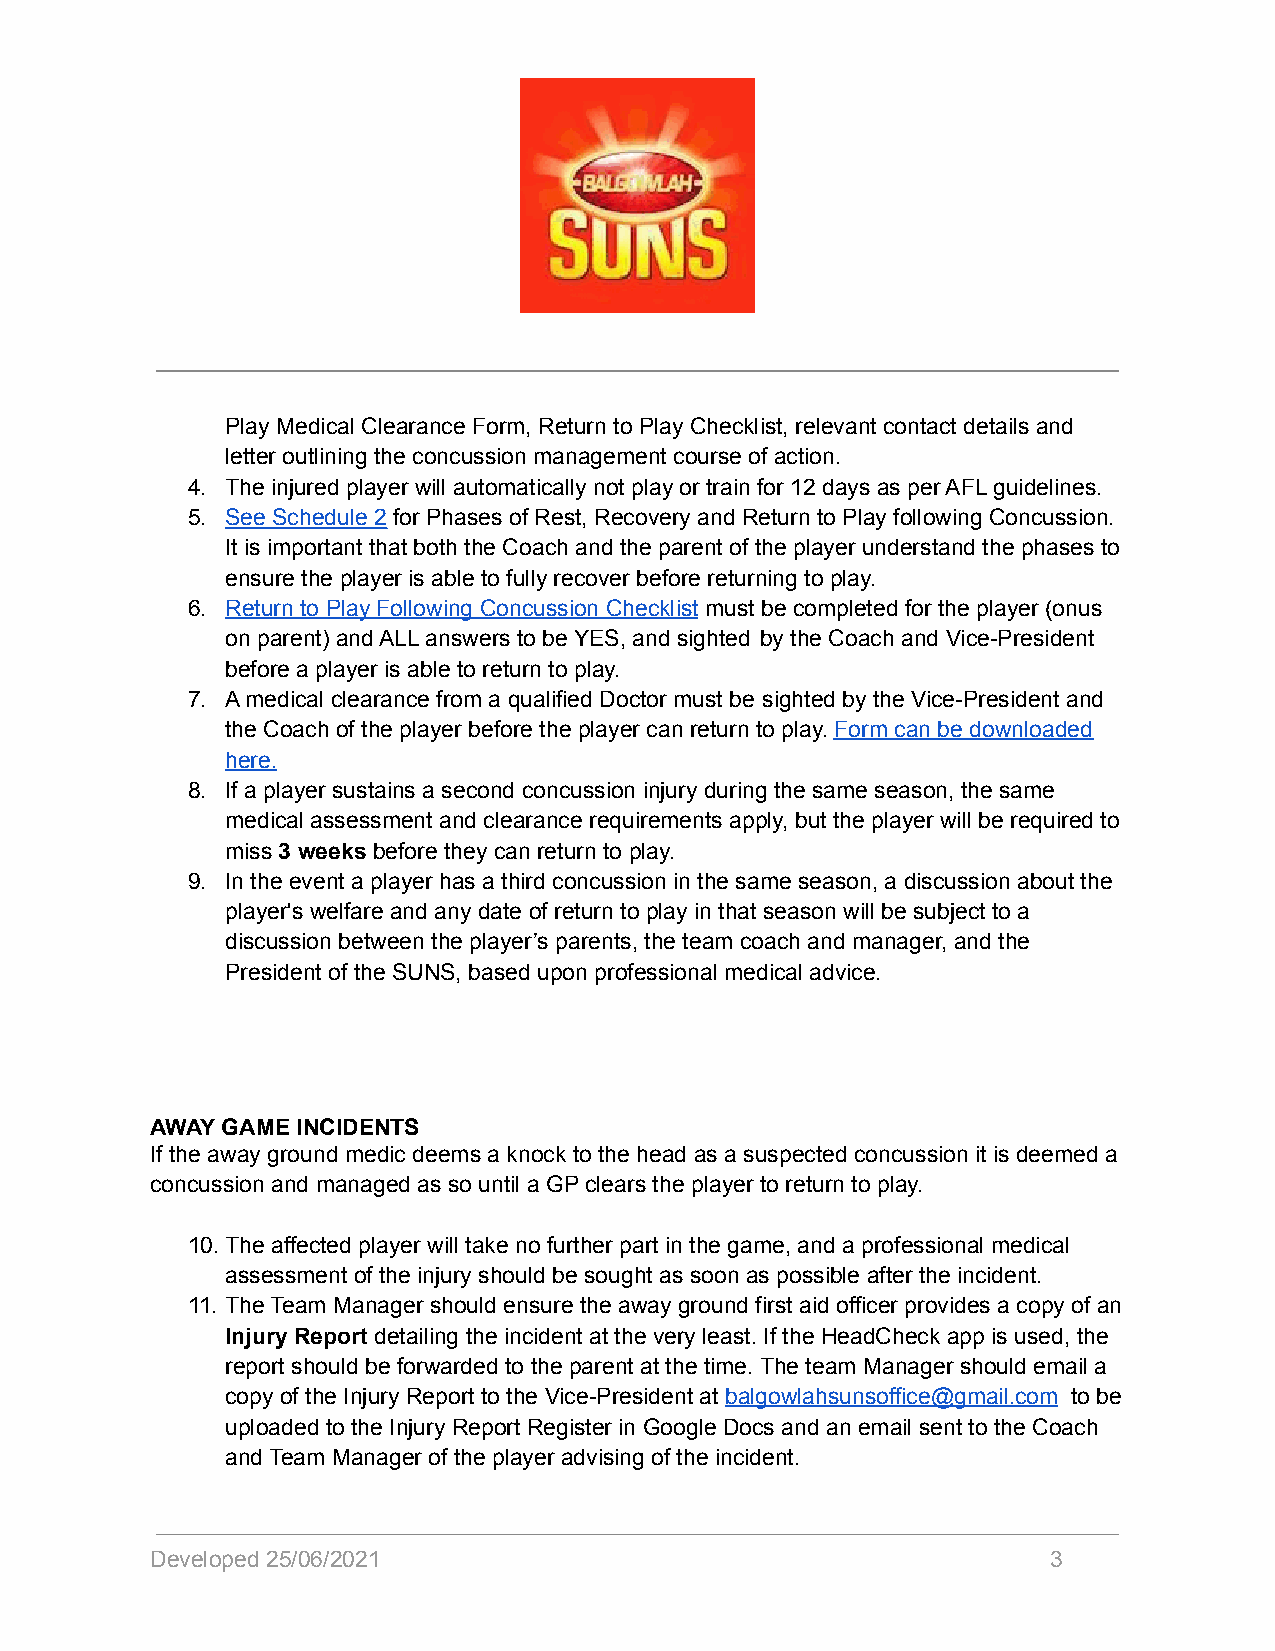
Play Medical Clearance Form, Return to Play Checklist, relevant contact details and
 letter outlining the concussion management course of action.
 4. The injured player will automatically not play or train for 12 days as per AFL guidelines.
 5. See Schedule 2 for Phases of Rest, Recovery and Return to Play following Concussion.
 It is important that both the Coach and the parent of the player understand the phases to
 ensure the player is able to fully recover before returning to play.
 6. Return to Play Following Concussion Checklist must be completed for the player (onus
 on parent) and ALL answers to be YES, and sighted by the Coach and Vice-President
 before a player is able to return to play.
 7. A medical clearance from a qualified Doctor must be sighted by the Vice-President and
 the Coach of the player before the player can return to play. Form can be downloaded
 here.
 8. If a player sustains a second concussion injury during the same season, the same
 medical assessment and clearance requirements apply, but the player will be required to
 miss 3 weeks before they can return to play.
 9. In the event a player has a third concussion in the same season, a discussion about the
 player's welfare and any date of return to play in that season will be subject to a
 discussion between the player’s parents, the team coach and manager, and the
 President of the SUNS, based upon professional medical advice.
 AWAY GAME INCIDENTS
 If the away ground medic deems a knock to the head as a suspected concussion it is deemed a
 concussion and managed as so until a GP clears the player to return to play.
 10.The affected player will take no further part in the game, and a professional medical
 assessment of the injury should be sought as soon as possible after the incident.
 11. The Team Manager should ensure the away ground first aid officer provides a copy of an
 Injury Report detailing the incident at the very least. If the HeadCheck app is used, the
 report should be forwarded to the parent at the time. The team Manager should email a
 copy of the Injury Report to the Vice-President at balgowlahsunsoffice@gmail.com to be
 uploaded to the Injury Report Register in Google Docs and an email sent to the Coach
 and Team Manager of the player advising of the incident.
 Developed 25/06/2021                                        3